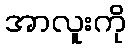
အာလူးကို